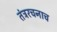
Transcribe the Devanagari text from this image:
तंत्ररचनाच